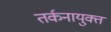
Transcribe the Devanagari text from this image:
तर्कनायुक्त